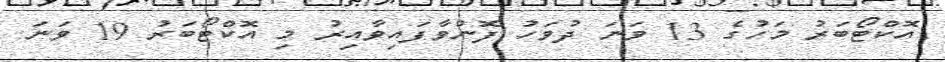
އޮކްޓޯބަރު މަހުގެ 13 ވަނަ ދުވަހު ފޮނުވާފައިވާއިރު މި އޮކްޓޯބަރު 19 ވަނަ